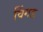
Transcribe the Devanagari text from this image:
विंगड